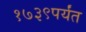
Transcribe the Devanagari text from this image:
१७३९पर्यंत